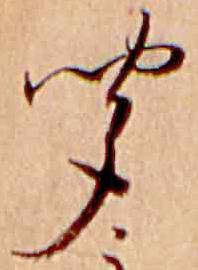
聞